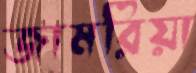
জামরিয়া